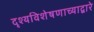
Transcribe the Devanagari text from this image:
दृश्यविशेषणाच्याद्वारे